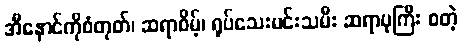
အီနောင်ကိုစံတုတ်၊ ဆရာစိမ့်၊ ရုပ်သေးမင်းသမီး ဆရာပုကြီး စတဲ့